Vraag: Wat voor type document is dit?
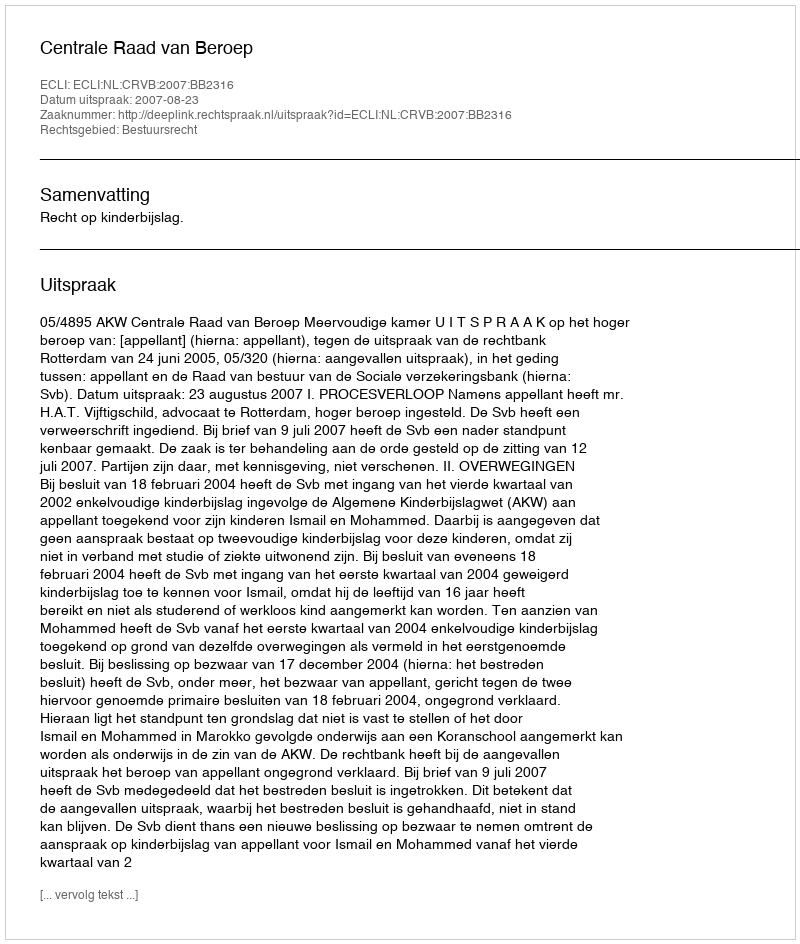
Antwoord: Uitspraak